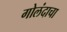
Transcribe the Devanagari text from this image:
गोलंदाचा